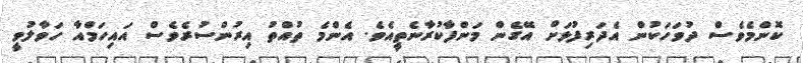
ކޮންމެވެސް ދުވަހަކުން އެދަރިފުޅަށް އޭގެން މަންފާކުރާނެތީއެވެ. އެންމެ ތުއްތު އިރުންސުރެވެސް އައިހަމްއާ ހަވާލުވީ